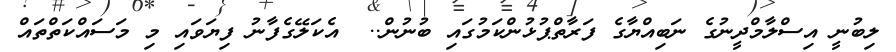
ލިބުނީ އިސްލާމްދީނުގެ ނަބިއްޔާގެ ފަރާތްޕުޅުންކަމުގައި ބުނުން..  އެކަލޭގެފާނު ފިޔަވައި މި މަސައްކަތްތައް